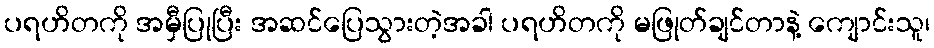
ပရဟိတကို အမှီပြုပြီး အဆင်ပြေသွားတဲ့အခါ ပရဟိတကို မဖြုတ်ချင်တာနဲ့ ကျောင်းသူ၊